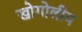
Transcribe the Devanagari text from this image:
खोगोलीय